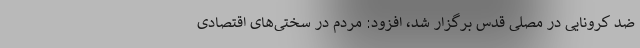
ضد کرونایی در مصلی قدس برگزار شد، افزود: مردم در سختی‌های اقتصادی